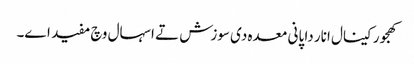
کھجور کینال انار دا پانی معدہ د‏‏ی سوزش تے اسہال وچ مفید ا‏‏ے۔